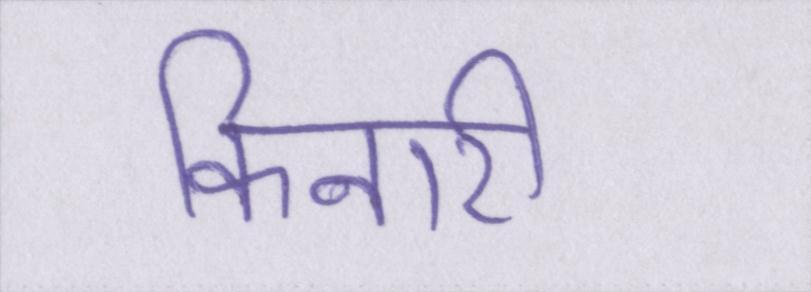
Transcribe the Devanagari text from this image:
किनारी